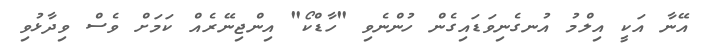
އޭނާ އަކީ އިލްމު އުނގެނިވަޑައިގެން ހުންނެވި "ހާޑްކޯ" އިންޖިނޭރެއް ކަމަށް ވެސް ވިދާޅުވި